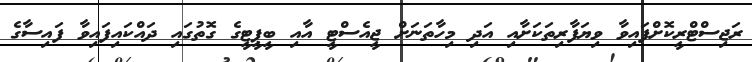
ރަޖިސްޓްރީކޮށްފައިވާ ވިޔަފާރިތަކަށާއި އަދި މިހާތަނަށް ޖީއެސްޓީ އާއި ބީޕީޓީގެ ގޮތުގައި ދައްކައިފައިވާ ފައިސާގެ